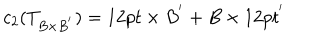
c _ { 2 } ( T _ { B \times B ^ { ' } } ) = 1 2 p t \times B ^ { ' } + B \times 1 2 p t ^ { ' }